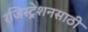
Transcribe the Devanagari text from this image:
रजिस्ट्रेशनसाठी